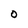
Character: O